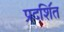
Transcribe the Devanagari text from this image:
प्रदशि॔त